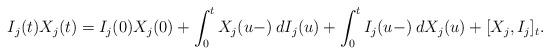
LaTeX: \begin{align*}I_j(t) X_j(t) = I_j(0) X_j(0) + \int_0^t X_j(u-) \: dI_j(u) + \int_0^t I_j(u-) \: dX_j(u) + [X_j, I_j]_t.\end{align*}